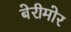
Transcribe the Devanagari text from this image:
बेरीमोर